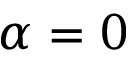
\alpha = 0